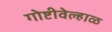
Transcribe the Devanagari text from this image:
गोष्टीवेल्हाळ